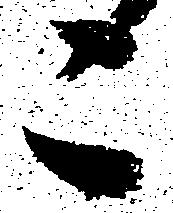
こ